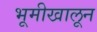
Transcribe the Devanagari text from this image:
भूमीखालून